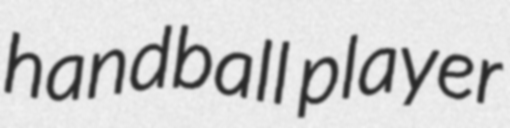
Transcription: handball player